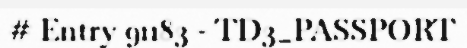
# Entry 91183 - TD3_PASSPORT